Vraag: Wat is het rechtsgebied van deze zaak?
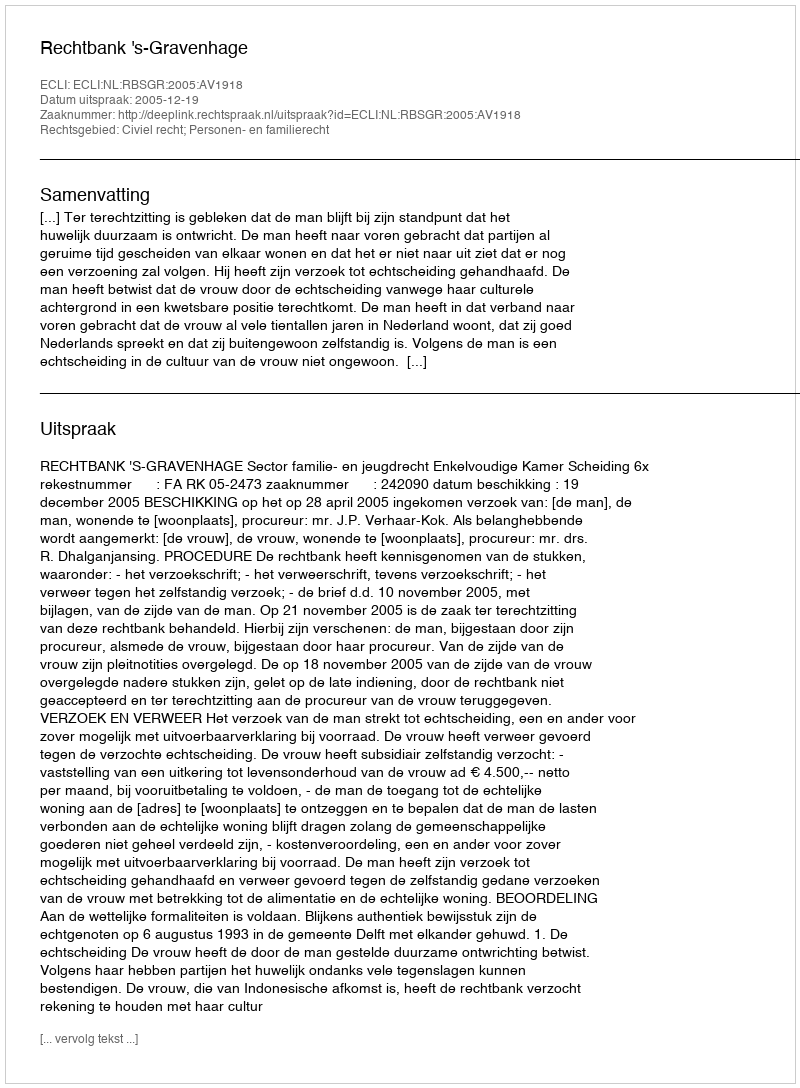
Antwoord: Civiel recht; Personen- en familierecht